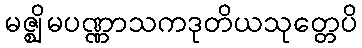
မဇ္ဈိမပဏ္ဏာသကဒုတိယသုတ္တေပိ